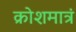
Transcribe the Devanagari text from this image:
क्रोशमात्रं